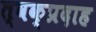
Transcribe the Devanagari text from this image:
त्वक्प्रदाह